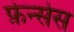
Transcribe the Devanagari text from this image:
फ़ेन्सेस